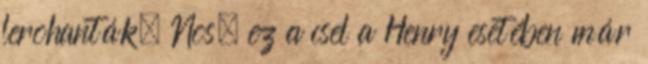
lerohanták. Nos, ez a csel a Henry esetében már